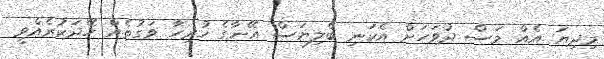
މިދިޔަ އެއް މަސް ދުވަހަށް އެކަނި ބެލިޔަސް އޭނާގެ ހުރިހާ ވަގުތެއް ހޭދަކުރެއްވީ